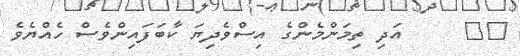
٤٩     އަދި ތިމަންމެންގެ އިސްވެދިޔަ ކާބަފައިންވެސް ހެއްޔެވެ